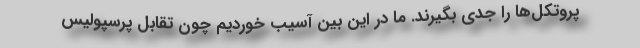
پروتکل‌ها را جدی بگیرند. ما در این بین آسیب خوردیم چون تقابل پرسپولیس